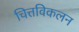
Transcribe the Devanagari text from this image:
चित्तविकलन